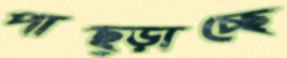
পাছ্‌ড়াচ্ছে